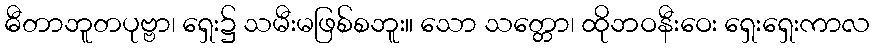
ဓီတာဘူတပုဗ္ဗာ၊ ရှေး၌ သမီးမဖြစ်စဘူး။ သော သတ္တော၊ ထိုဘဝနီးဝေး ရှေးရှေးကာလ